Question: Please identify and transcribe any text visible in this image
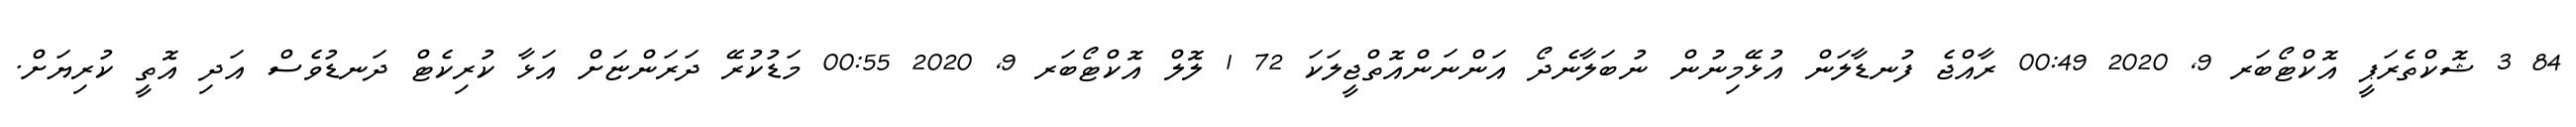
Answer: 84 3 ޝޮކްތެރަޕީ އޮކްޓޯބަރ 9, 2020 00:49 ރާއްޖެ ފުނޑާލަން އުޅޭމިނުން ނުބަލާނެދޯ އަންނަންއޮތްޖީލަކަ 72 1 ލޮލް އޮކްޓޯބަރ 9, 2020 00:55 މަޑުކުރޭ ދަރަންޏަށް އަޅާ ކުރިކެޓް ދަނޑުވެސް އަދި އޮތީ ކުރިޔަށް.